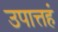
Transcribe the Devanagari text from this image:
उपात्तहं